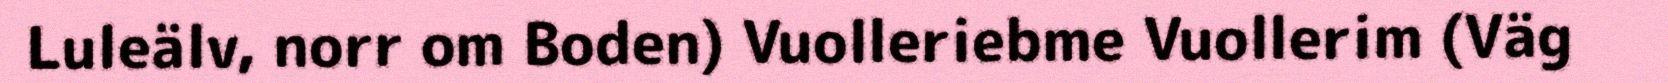
Luleälv, norr om Boden) Vuolleriebme Vuollerim (Väg